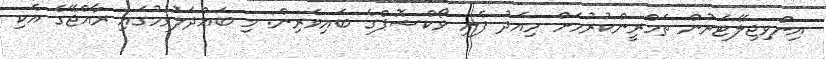
އިންވިޖިލޭޓަރުން ތަމްރީންކުރުމަށް މިއަދު ފެށި ވޯކްޝޮޕްގެ ބައިވެރިން: މި ބައްދަލުވުމުގައި ރާއްޖޭގެ އެކި